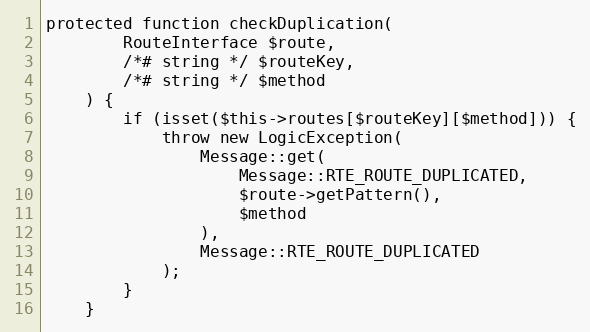
Language: PHP
protected function checkDuplication(
        RouteInterface $route,
        /*# string */ $routeKey,
        /*# string */ $method
    ) {
        if (isset($this->routes[$routeKey][$method])) {
            throw new LogicException(
                Message::get(
                    Message::RTE_ROUTE_DUPLICATED,
                    $route->getPattern(),
                    $method
                ),
                Message::RTE_ROUTE_DUPLICATED
            );
        }
    }